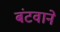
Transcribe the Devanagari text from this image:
बंटवाने